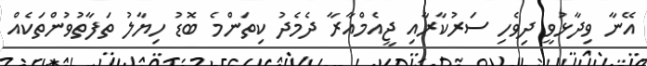
އޭނާ ވިދާޅުވީ ދިވެހި ސަރުކާރާއި ޖީއެމްއާރާ ދެމެދު ކިތަންމެ ބޮޑު ހިޔާލު ތަފާތުވުންތަކެއް